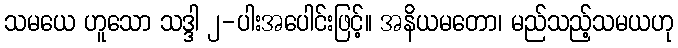
သမယေ ဟူသော သဒ္ဒါ ၂-ပါးအပေါင်းဖြင့်။ အနိယမတော၊ မည်သည့်သမယဟု